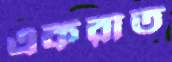
একরাত